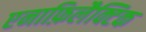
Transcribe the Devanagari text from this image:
एनाफ़िलैक्टिक